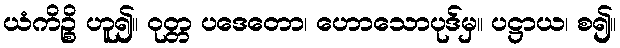
ယံကိဉ္စိ ဟူ၍။ ဝုတ္တ ပဒေတော၊ ဟောသောပုဒ်မှ။ ပဋ္ဌာယ၊ စ၍။